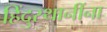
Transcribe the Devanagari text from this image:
हिंदुस्थानींना